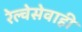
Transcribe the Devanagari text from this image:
रेल्वेसेवाही